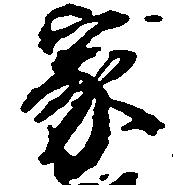
家